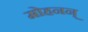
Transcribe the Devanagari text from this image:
मोहनन्